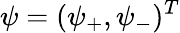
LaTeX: \psi=(\psi_{+},\psi_{-})^{T}